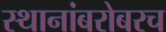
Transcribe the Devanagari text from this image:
स्थानांबरोबरच